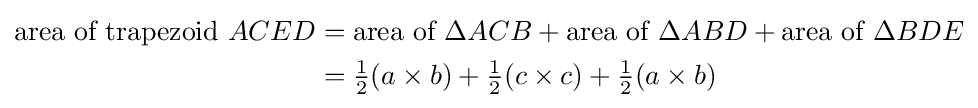
{\begin{aligned}{\text{area of trapezoid }}ACED&={\text{area of }}\Delta ACB+{\text{area of }}\Delta ABD+{\text{area of }}\Delta BDE\\&={\tfrac {1}{2}}(a\times b)+{\tfrac {1}{2}}(c\times c)+{\tfrac {1}{2}}(a\times b)\end{aligned}}